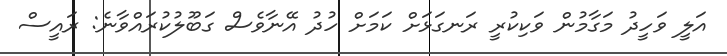
އަލީ ވަހީދު މަގާމުން ވަކިކުރީ ރަނގަޅަށް ކަމަށް ހުދު އޭނާވެސް ގަބޫލުކުރައްވާނެ: ރައީސް